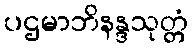
ပဌမာဘိနန္ဒသုတ္တံ